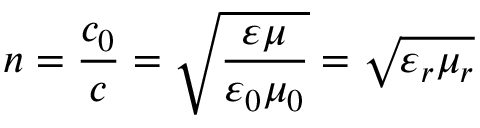
n = { \frac { c _ { 0 } } { c } } = { \sqrt { \frac { \varepsilon \mu } { \varepsilon _ { 0 } \mu _ { 0 } } } } = { \sqrt { \varepsilon _ { r } \mu _ { r } } }